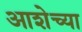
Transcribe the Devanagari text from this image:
आशेच्या